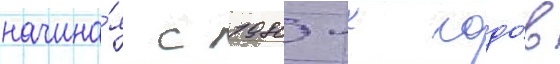
начина́я с 1980-х годо́в